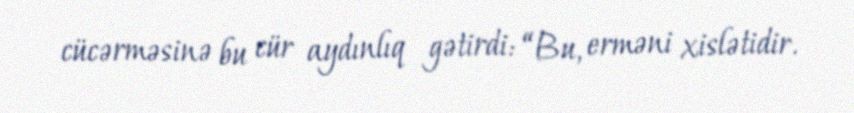
cücərməsinə bu cür aydınlıq gətirdi: “Bu, erməni xislətidir.